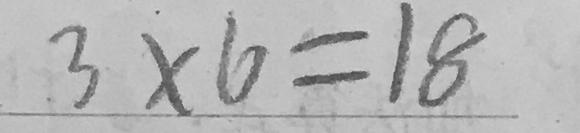
3 \times 6 = 1 8